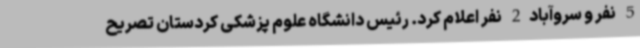
5 نفر و سروآباد2 نفر اعلام کرد. رئیس دانشگاه علوم پزشکی کردستان تصریح